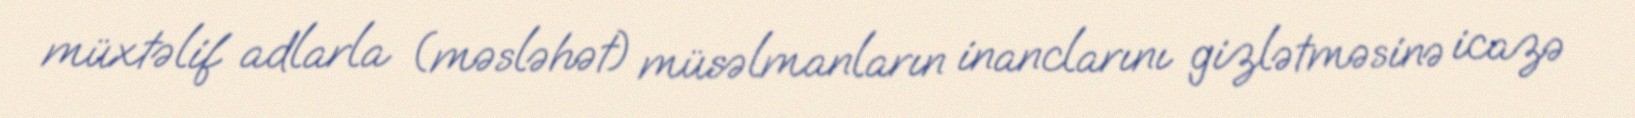
müxtəlif adlarla (məsləhət) müsəlmanların inanclarını gizlətməsinə icazə